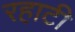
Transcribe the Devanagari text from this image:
रहाटी